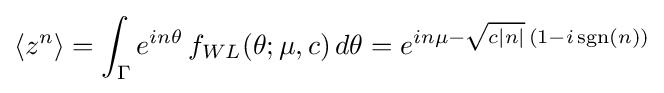
\langle z^{n}\rangle =\int _{\Gamma }e^{in\theta }\,f_{WL}(\theta ;\mu ,c)\,d\theta =e^{in\mu -{\sqrt {c|n|}}\,(1-i\operatorname {sgn}(n))}